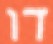
דו